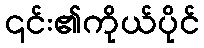
၎င်း၏ကိုယ်ပိုင်